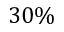
3 0 \%